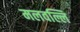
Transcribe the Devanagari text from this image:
मलवल्लि